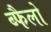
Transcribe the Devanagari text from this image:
ब्फैलो